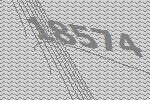
18574